Indian journal of veterinary science and animal husbandry - Volume 5,
Year: 1935
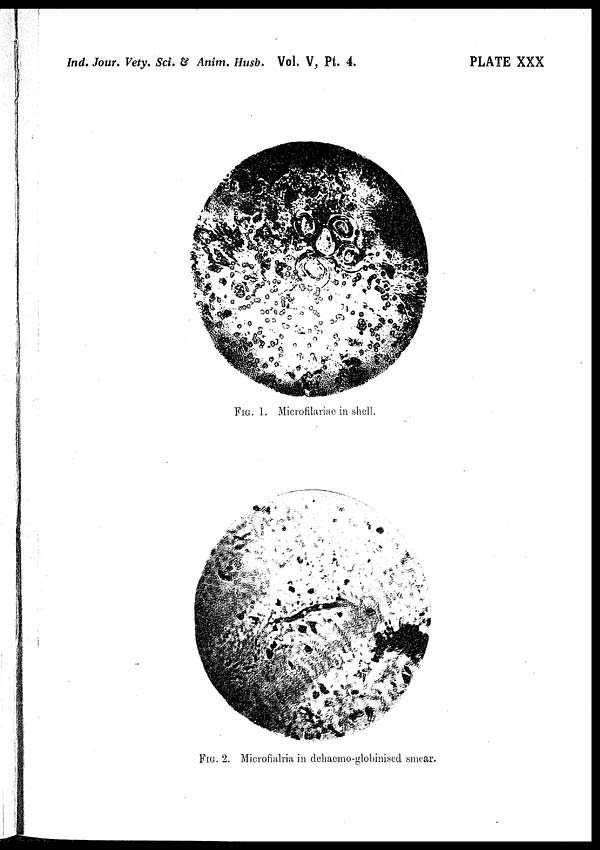
Ind. Jour. Vety. Sci. & Anim. Husb. Vol. V, Pt. 4.
PLATE XXX
FIG. 1. Microfilariae in shell.
FIG 2. Microfialria in dehaemo-globinised smear.